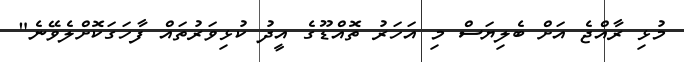
މުޅި ރާއްޖެ އަށް ބެލިޔަސް މި އަހަރު ތޮއްޑޫގެ އީދު ކުޅިވަރުތައް ފާހަގަކޮށްލެވޭނެ"